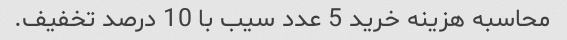
محاسبه هزینه خرید 5 عدد سیب با 10 درصد تخفیف.